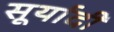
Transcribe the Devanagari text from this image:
सूर्यादी